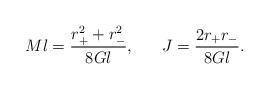
LaTeX: \begin{align*}Ml = {r_+^2 + r_-^2 \over 8Gl}, \ \ \ \ \ J = {2 r_+ r_- \over 8Gl}.\end{align*}